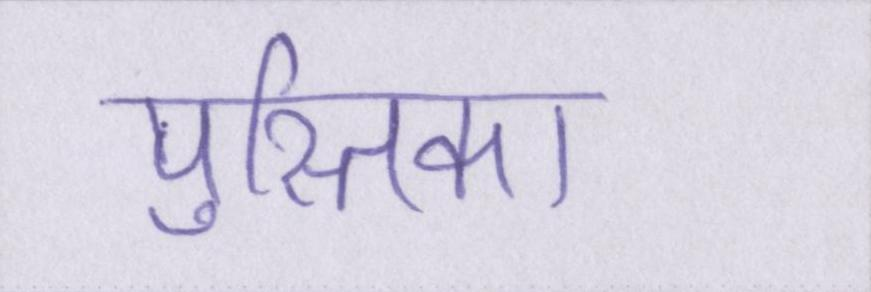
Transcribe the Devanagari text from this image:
पुस्तिका